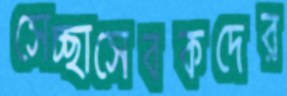
সেচ্ছাসেবকদের